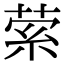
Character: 萦